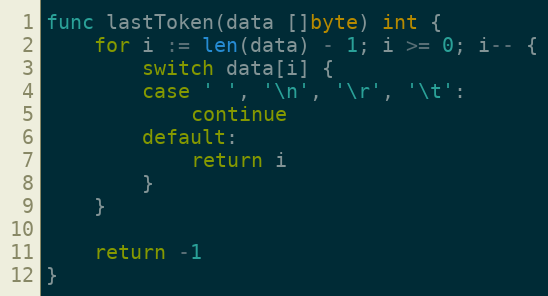
Language: Go
func lastToken(data []byte) int {
	for i := len(data) - 1; i >= 0; i-- {
		switch data[i] {
		case ' ', '\n', '\r', '\t':
			continue
		default:
			return i
		}
	}

	return -1
}